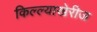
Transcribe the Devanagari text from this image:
किल्ल्याखेरीज